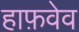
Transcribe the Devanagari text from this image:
हाफ़वेव